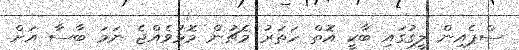
ސްޕެއިން ލީގުގައި ބާކީ އޮތް ހަތަރު މެޗުން މޮޅުވެއްޖެ ނަމަ ބާސާ އަށް